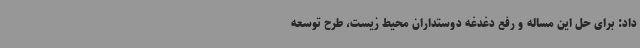
داد: برای حل این مساله و رفع دغدغه دوستداران محیط زیست، طرح توسعه